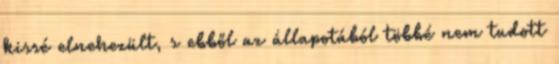
kissé elnehezült, s ebből az állapotából többé nem tudott